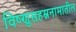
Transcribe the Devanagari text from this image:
विष्णुसहस्रनामातील